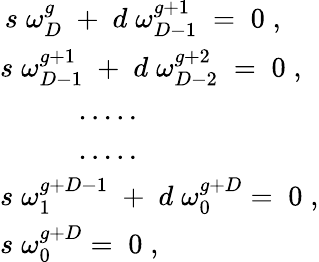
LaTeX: \begin{array}{l}{{\, s\; \omega_{D}^{g}\; +\; d\; \omega_{D-1}^{g+1}\; =\; 0\; ,}}\\ {{s\; \omega_{D-1}^{g+1}\; +\; d\; \omega_{D-2}^{g+2}\; =\; 0\; ,}}\\ {{\; \; \; \; \; \; \; \; \; \; .....}}\\ {{\; \; \; \; \; \; \; \; \; \; .....}}\\ {{s\; \omega_{1}^{g+D-1}\; +\; d\; \omega_{0}^{g+D}=\; 0\; ,}}\\ {{s\; \omega_{0}^{g+D}=\; 0\; ,}}\end{array}